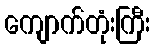
ကျောက်တုံးကြီး